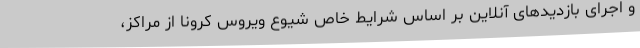
و اجرای بازدیدهای آنلاین بر اساس شرایط خاص شیوع ویروس کرونا از مراکز،